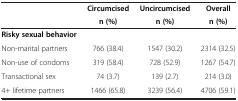
| <ROWSPAN=2>  | Circumcised | Uncircumcised | Overall |
 | n (%) | n (%) | n (%) |
 | --- | --- | --- | --- |
 | Risky sexual behavior |  |  |  |
 | Non-marital partners | 766 (38.4) | 1547 (30.2) | 2314 (32.5) |
 | Non-use of condoms | 319 (58.4) | 728 (52.9) | 1267 (54.7) |
 | Transactional sex | 74 (3.7) | 139 (2.7) | 214 (3.0) |
 | 4+ lifetime partners | 1466 (65.8) | 3239 (56.4) | 4706 (59.1) |